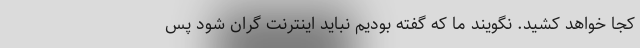
کجا خواهد کشید. نگویند ما که گفته بودیم نباید اینترنت گران شود پس